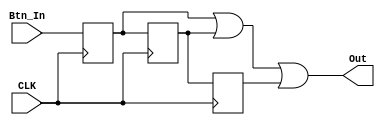
module debounce(
input Btn_In,
input CLK,
output Out
);

reg Delay0;
reg Delay1;
reg Delay2;
always @ (posedge CLK)
	begin
	
		Delay0 <= Btn_In;
		Delay1 <= Delay0;
		Delay2 <= Delay1;
	end
assign Out = Delay0 | Delay1 | Delay2;

endmodule